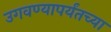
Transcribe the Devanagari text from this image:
उगवण्यापर्यंतच्या